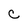
Character: C